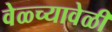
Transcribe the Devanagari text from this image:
वेळ्च्यावेळी